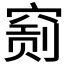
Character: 𥧂